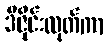
ဒီဇိုင်းထုတ်ကာ